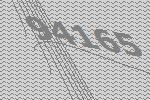
94165